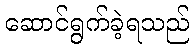
ဆောင်ရွက်ခဲ့ရသည်